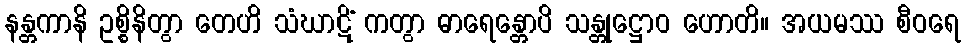
နန္တကာနိ ဥစ္စိနိတွာ တေဟိ သံဃာဋိံ ကတွာ ဓာရေန္တောပိ သန္တုဋ္ဌောဝ ဟောတိ။ အယမဿ စီဝရေ